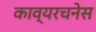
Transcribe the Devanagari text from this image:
काव्यरचनेस